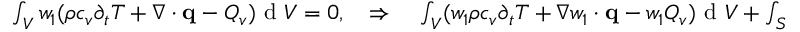
\begin{array} { r } { \int \displaylimits _ { V } w _ { 1 } ( \rho c _ { v } \partial _ { t } T + \nabla \cdot \mathbf q - Q _ { v } ) \textrm { d } V = 0 , \quad \Rightarrow \quad \int \displaylimits _ { V } ( w _ { 1 } \rho c _ { v } \partial _ { t } T + \nabla w _ { 1 } \cdot \mathbf q - w _ { 1 } Q _ { v } ) \textrm { d } V + \int \displaylimits _ { S } \mathbf q \cdot \mathbf n w _ { 1 } \textrm { d } S = 0 , } \end{array}